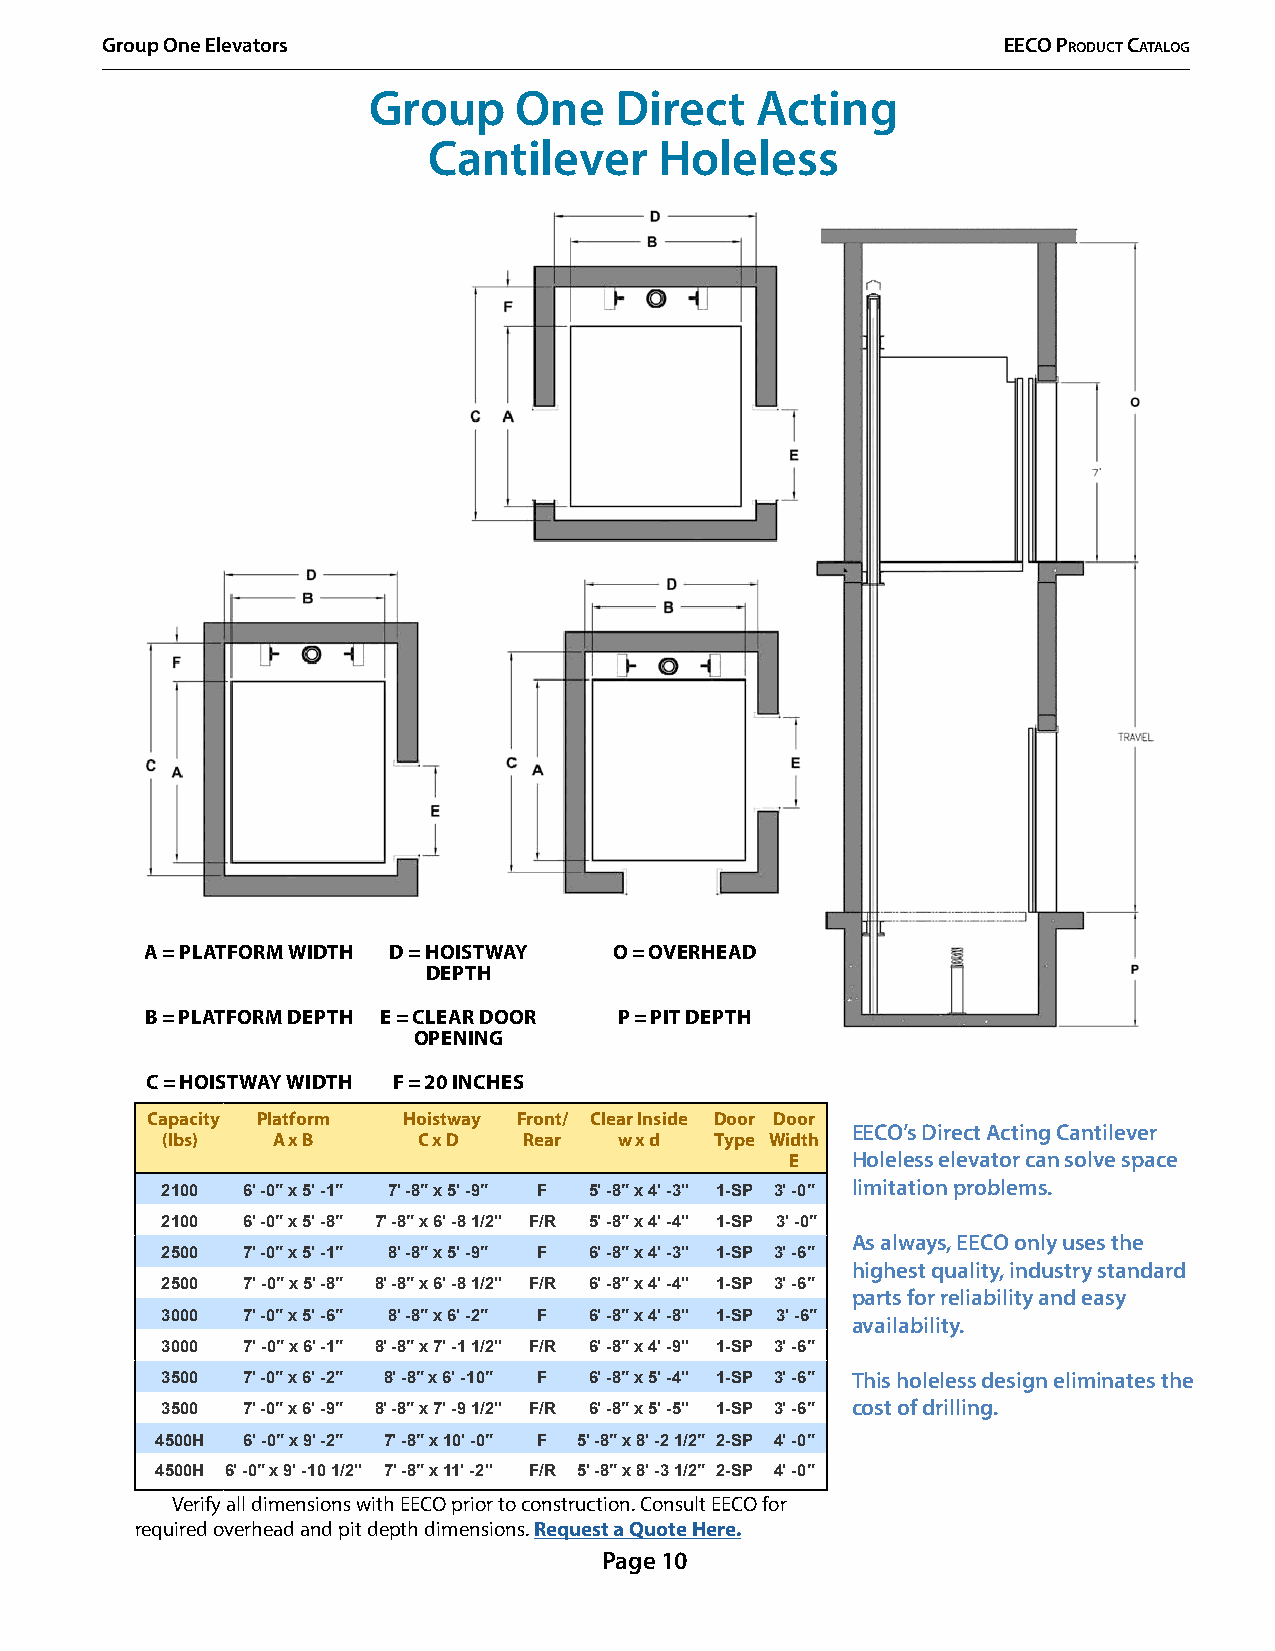
Group One Elevators                                        EECO PrOduCt CatalOg
 Group     One    Direct   Acting
 Cantilever      Holeless
 A = PLATFORM WIDTH D = HOISTWAY O = OVERHEAD
 DEPTH
 B = PLATFORM DEPTH E = CLEAR DOOR P = PIT DEPTH
 OPENING
 C = HOISTWAY WIDTH F = 20 INCHES
 Capacity Platform Hoistway Front/ Clear Inside Door Door
 EECO’s Direct Acting Cantilever
 (lbs)  A x B     C x D  Rear  w x d Type Width
 E   Holeless elevator can solve space
 limitation problems.
 2100 6' -0″ x 5' -1″ 7' -8″ x 5' -9″ F 5' -8″ x 4' -3" 1-SP 3' -0″
 2100 6' -0″ x 5' -8″ 7' -8″ x 6' -8 1/2" F/R 5' -8″ x 4' -4" 1-SP 3' -0″
 As always, EECO only uses the
 2500 7' -0″ x 5' -1″ 8' -8″ x 5' -9″ F 6' -8″ x 4' -3" 1-SP 3' -6″
 highest quality, industry standard
 2500 7' -0″ x 5' -8″ 8' -8″ x 6' -8 1/2" F/R 6' -8″ x 4' -4" 1-SP 3' -6″
 parts for reliability and easy
 3000 7' -0″ x 5' -6″ 8' -8″ x 6' -2″ F 6' -8″ x 4' -8" 1-SP 3' -6″ availability.
 3000 7' -0″ x 6' -1″ 8' -8″ x 7' -1 1/2" F/R 6' -8″ x 4' -9" 1-SP 3' -6″
 3500 7' -0″ x 6' -2″ 8' -8″ x 6' -10″ F 6' -8″ x 5' -4" 1-SP 3' -6″ This holeless design eliminates the
 3500 7' -0″ x 6' -9″ 8' -8″ x 7' -9 1/2" F/R 6' -8″ x 5' -5" 1-SP 3' -6″ cost of drilling.
 4500H 6' -0″ x 9' -2″ 7' -8″ x 10' -0″ F 5' -8″ x 8' -2 1/2″ 2-SP 4' -0″
 4500H 6' -0″ x 9' -10 1/2" 7' -8″ x 11' -2" F/R 5' -8″ x 8' -3 1/2″ 2-SP 4' -0″
 Verify all dimensions with EECO prior to construction. Consult EECO for
 required overhead and pit depth dimensions. Request a Quote Here.
 Page 10